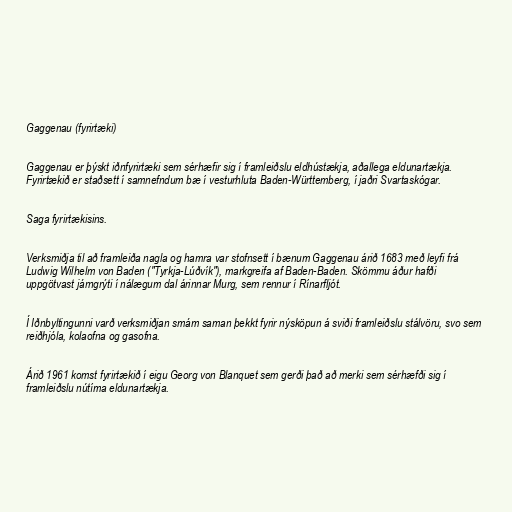
Gaggenau (fyrirtæki)

Gaggenau er þýskt iðnfyrirtæki sem sérhæfir sig í framleiðslu eldhústækja, aðallega eldunartækja.
Fyrirtækið er staðsett í samnefndum bæ í vesturhluta Baden-Württemberg, í jaðri Svartaskógar.

Saga fyrirtækisins.

Verksmiðja til að framleiða nagla og hamra var stofnsett í bænum Gaggenau árið 1683 með leyfi frá
Ludwig Wilhelm von Baden ("Tyrkja-Lúðvík"), markgreifa af Baden-Baden. Skömmu áður hafði
uppgötvast járngrýti í nálægum dal árinnar Murg, sem rennur í Rínarfljót.

Í Iðnbyltingunni varð verksmiðjan smám saman þekkt fyrir nýsköpun á sviði framleiðslu stálvöru, svo sem
reiðhjóla, kolaofna og gasofna.

Árið 1961 komst fyrirtækið í eigu Georg von Blanquet sem gerði það að merki sem sérhæfði sig í
framleiðslu nútíma eldunartækja.